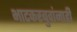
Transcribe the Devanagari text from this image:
भाटकरबुवांनाही